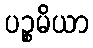
ပဉ္စမိယာ